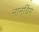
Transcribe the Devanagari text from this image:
नानचिंग